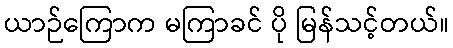
ယာဉ်ကြောက မကြာခင် ပို မြန်သင့်တယ်။